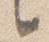
言